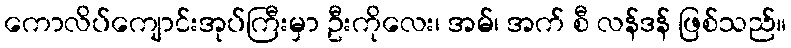
ကောလိပ်ကျောင်းအုပ်ကြီးမှာ ဦးကိုလေး၊ အမ်၊ အက် စီ လန်ဒန် ဖြစ်သည်။